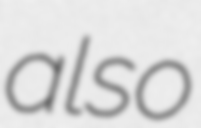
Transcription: also